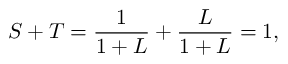
S + T = \frac { 1 } { 1 + L } + \frac { L } { 1 + L } = 1 ,